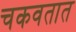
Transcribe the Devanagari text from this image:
चकवतात